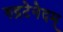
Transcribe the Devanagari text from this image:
रुद्रटेनेदम्